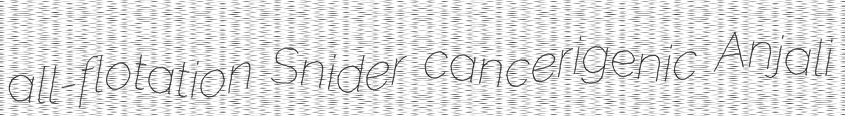
all-flotation Snider cancerigenic Anjali